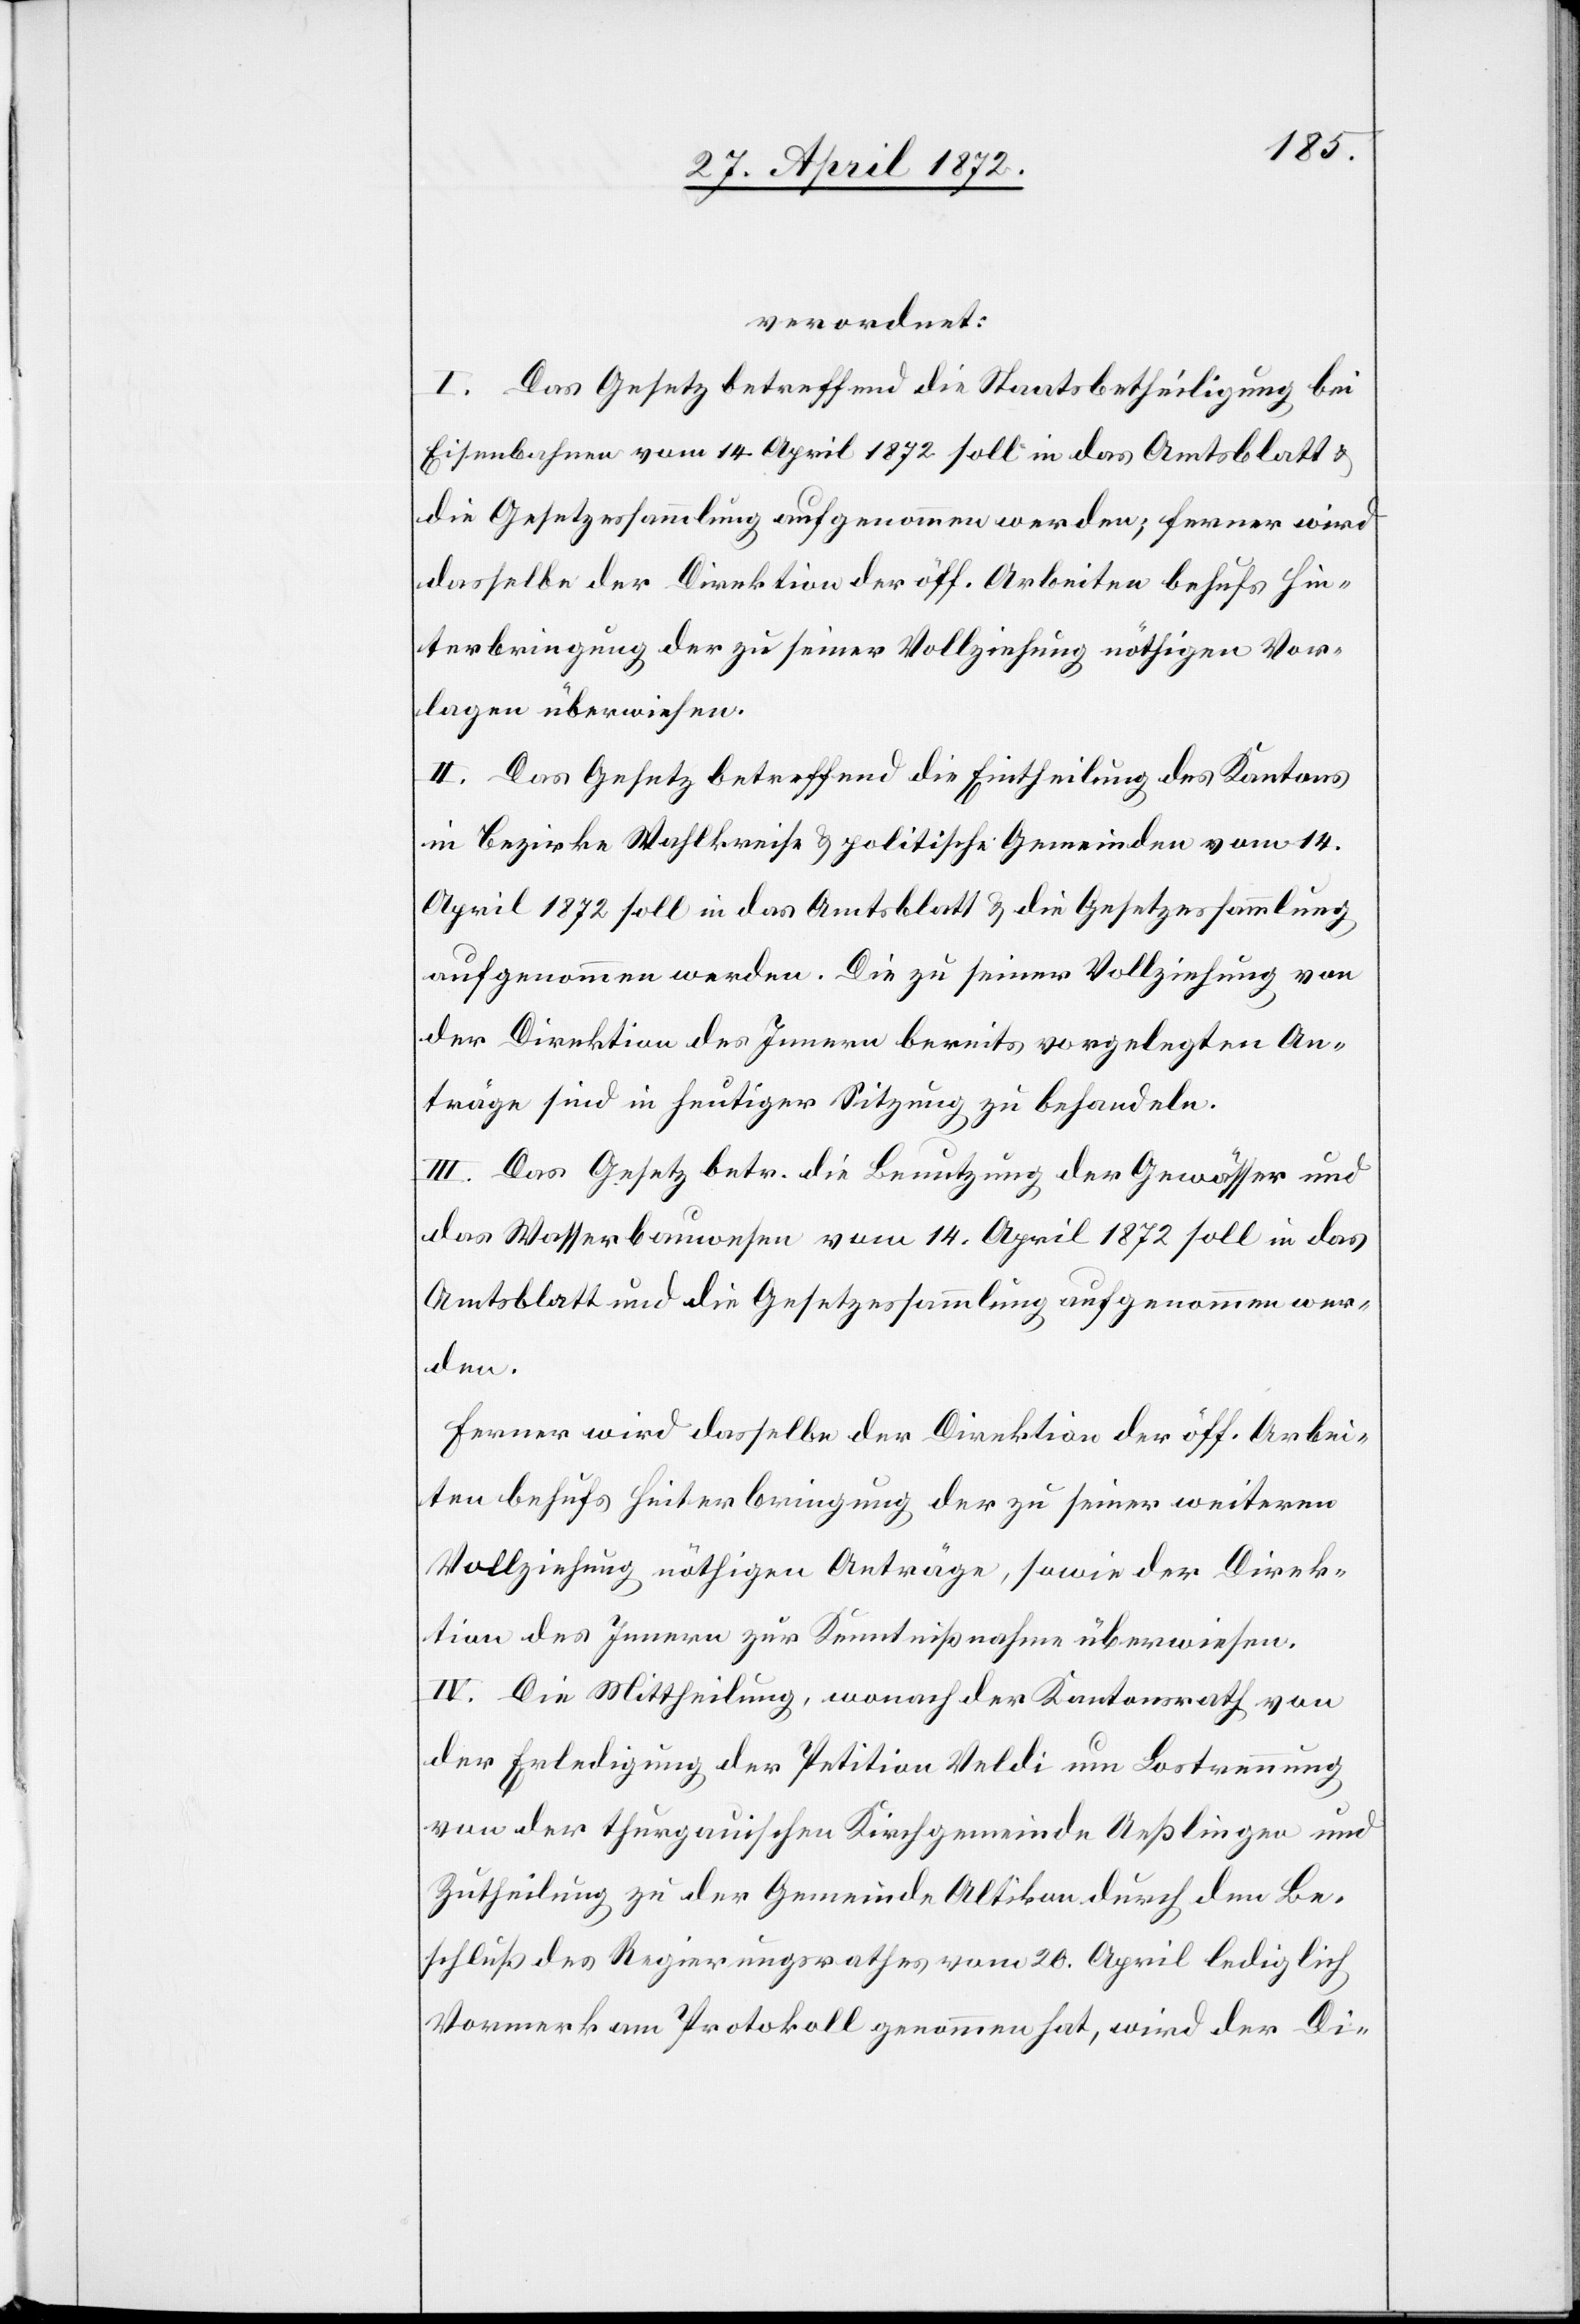
verordnet:
I. Das Gesetz betreffend die Staatsbetheiligung bei
Eisenbahnen vom 14. April 1872 soll in das Amtsblatt u.
die Gesetzessammlung aufgenommen werden; ferner wird
dasselbe der Direktion der öff. Arbeiten behufs Hin¬
terbringung der zu seiner Vollziehung nöthigen Vor¬
lagen überwiesen.
II. Das Gesetz betreffend die Eintheilung des Kantons
in Bezirke[,] Wahlkreise u. politische Gemeinden vom 14.
April 1872 soll in das Amtsblatt u. die Gesetzessammlung
aufgenommen werden. Die zu seiner Vollziehung von
der Direktion des Innern bereits vorgelegten An¬
träge sind in heutiger Sitzung zu behandeln.
III. Das Gesetz betr. die Benutzung der Gewässer und
das Wasserbauwesen vom 14. April 1872 soll in das
Amtsblatt und die Gesetzessammlung aufgenommen wer¬
den.
Ferner wird dasselbe der Direktion der öff. Arbei¬
ten behufs Hinterbringung der zu seiner weiteren
Vollziehung nöthigen Anträge, sowie der Direk¬
tion des Innern zur Kenntißnahme überwiesen.
IV. Die Mittheilung, wonach der Kantonsrath von
der Erledigung der Petition Veldi um Lostrennung
von der thurgauischen Kirchgemeinde Aeßlingen und
Zutheilung zu der Gemeinde Altikon durch den Be¬
schluß des Regierungsrathes vom 20. April lediglich
Vormerk am Protokoll genommen hat, wird der Di-